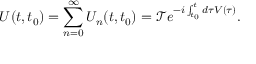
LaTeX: U ( t , t _ { 0 } ) = \sum _ { n = 0 } ^ { \infty } U _ { n } ( t , t _ { 0 } ) = { \mathcal { T } } e ^ { - i \int _ { t _ { 0 } } ^ { t } { d \tau V ( \tau ) } } .